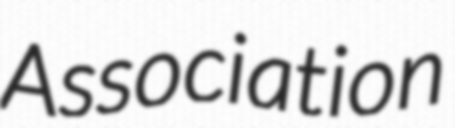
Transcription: Association